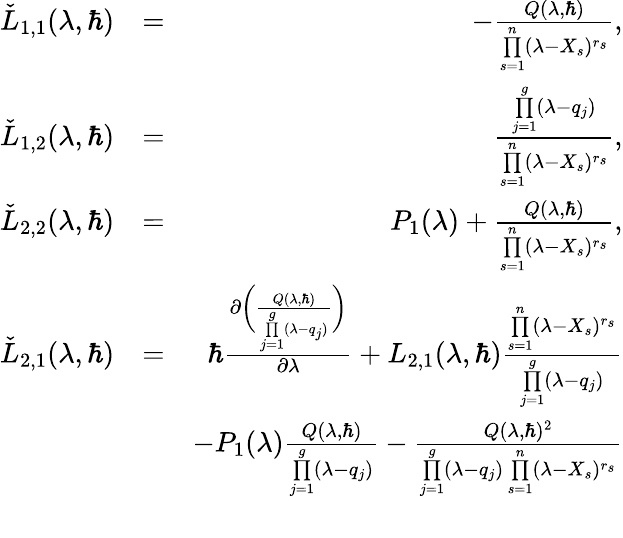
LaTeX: \begin{array}{rlr}{\check{L}_{1,1}(\lambda,\hbar)}&{=}&{-\frac{Q(\lambda,\hbar)}{\underset{s=1}{\overset{n}{\prod}}(\lambda-X_{s})^{r_{s}}},}\\ {\check{L}_{1,2}(\lambda,\hbar)}&{=}&{\frac{\underset{j=1}{\overset{g}{\prod}}(\lambda-q_{j})}{\underset{s=1}{\overset{n}{\prod}}(\lambda-X_{s})^{r_{s}}},}\\ {\check{L}_{2,2}(\lambda,\hbar)}&{=}&{P_{1}(\lambda)+\frac{Q(\lambda,\hbar)}{\underset{s=1}{\overset{n}{\prod}}(\lambda-X_{s})^{r_{s}}},}\\ {\check{L}_{2,1}(\lambda,\hbar)}&{=}&{\hbar\frac{\partial\bigg(\frac{Q(\lambda,\hbar)}{\underset{j=1}{\overset{g}{\prod}}(\lambda-q_{j})}\bigg)}{\partial\lambda}+L_{2,1}(\lambda,\hbar)\frac{\underset{s=1}{\overset{n}{\prod}}(\lambda-X_{s})^{r_{s}}}{\underset{j=1}{\overset{g}{\prod}}(\lambda-q_{j})}}\\ &{}&{-P_{1}(\lambda)\frac{Q(\lambda,\hbar)}{\underset{j=1}{\overset{g}{\prod}}(\lambda-q_{j})}-\frac{Q(\lambda,\hbar)^{2}}{\underset{j=1}{\overset{g}{\prod}}(\lambda-q_{j})\, {\underset{s=1}{\overset{n}{\prod}}(\lambda-X_{s})^{r_{s}}}}}\\ &{}&\end{array}